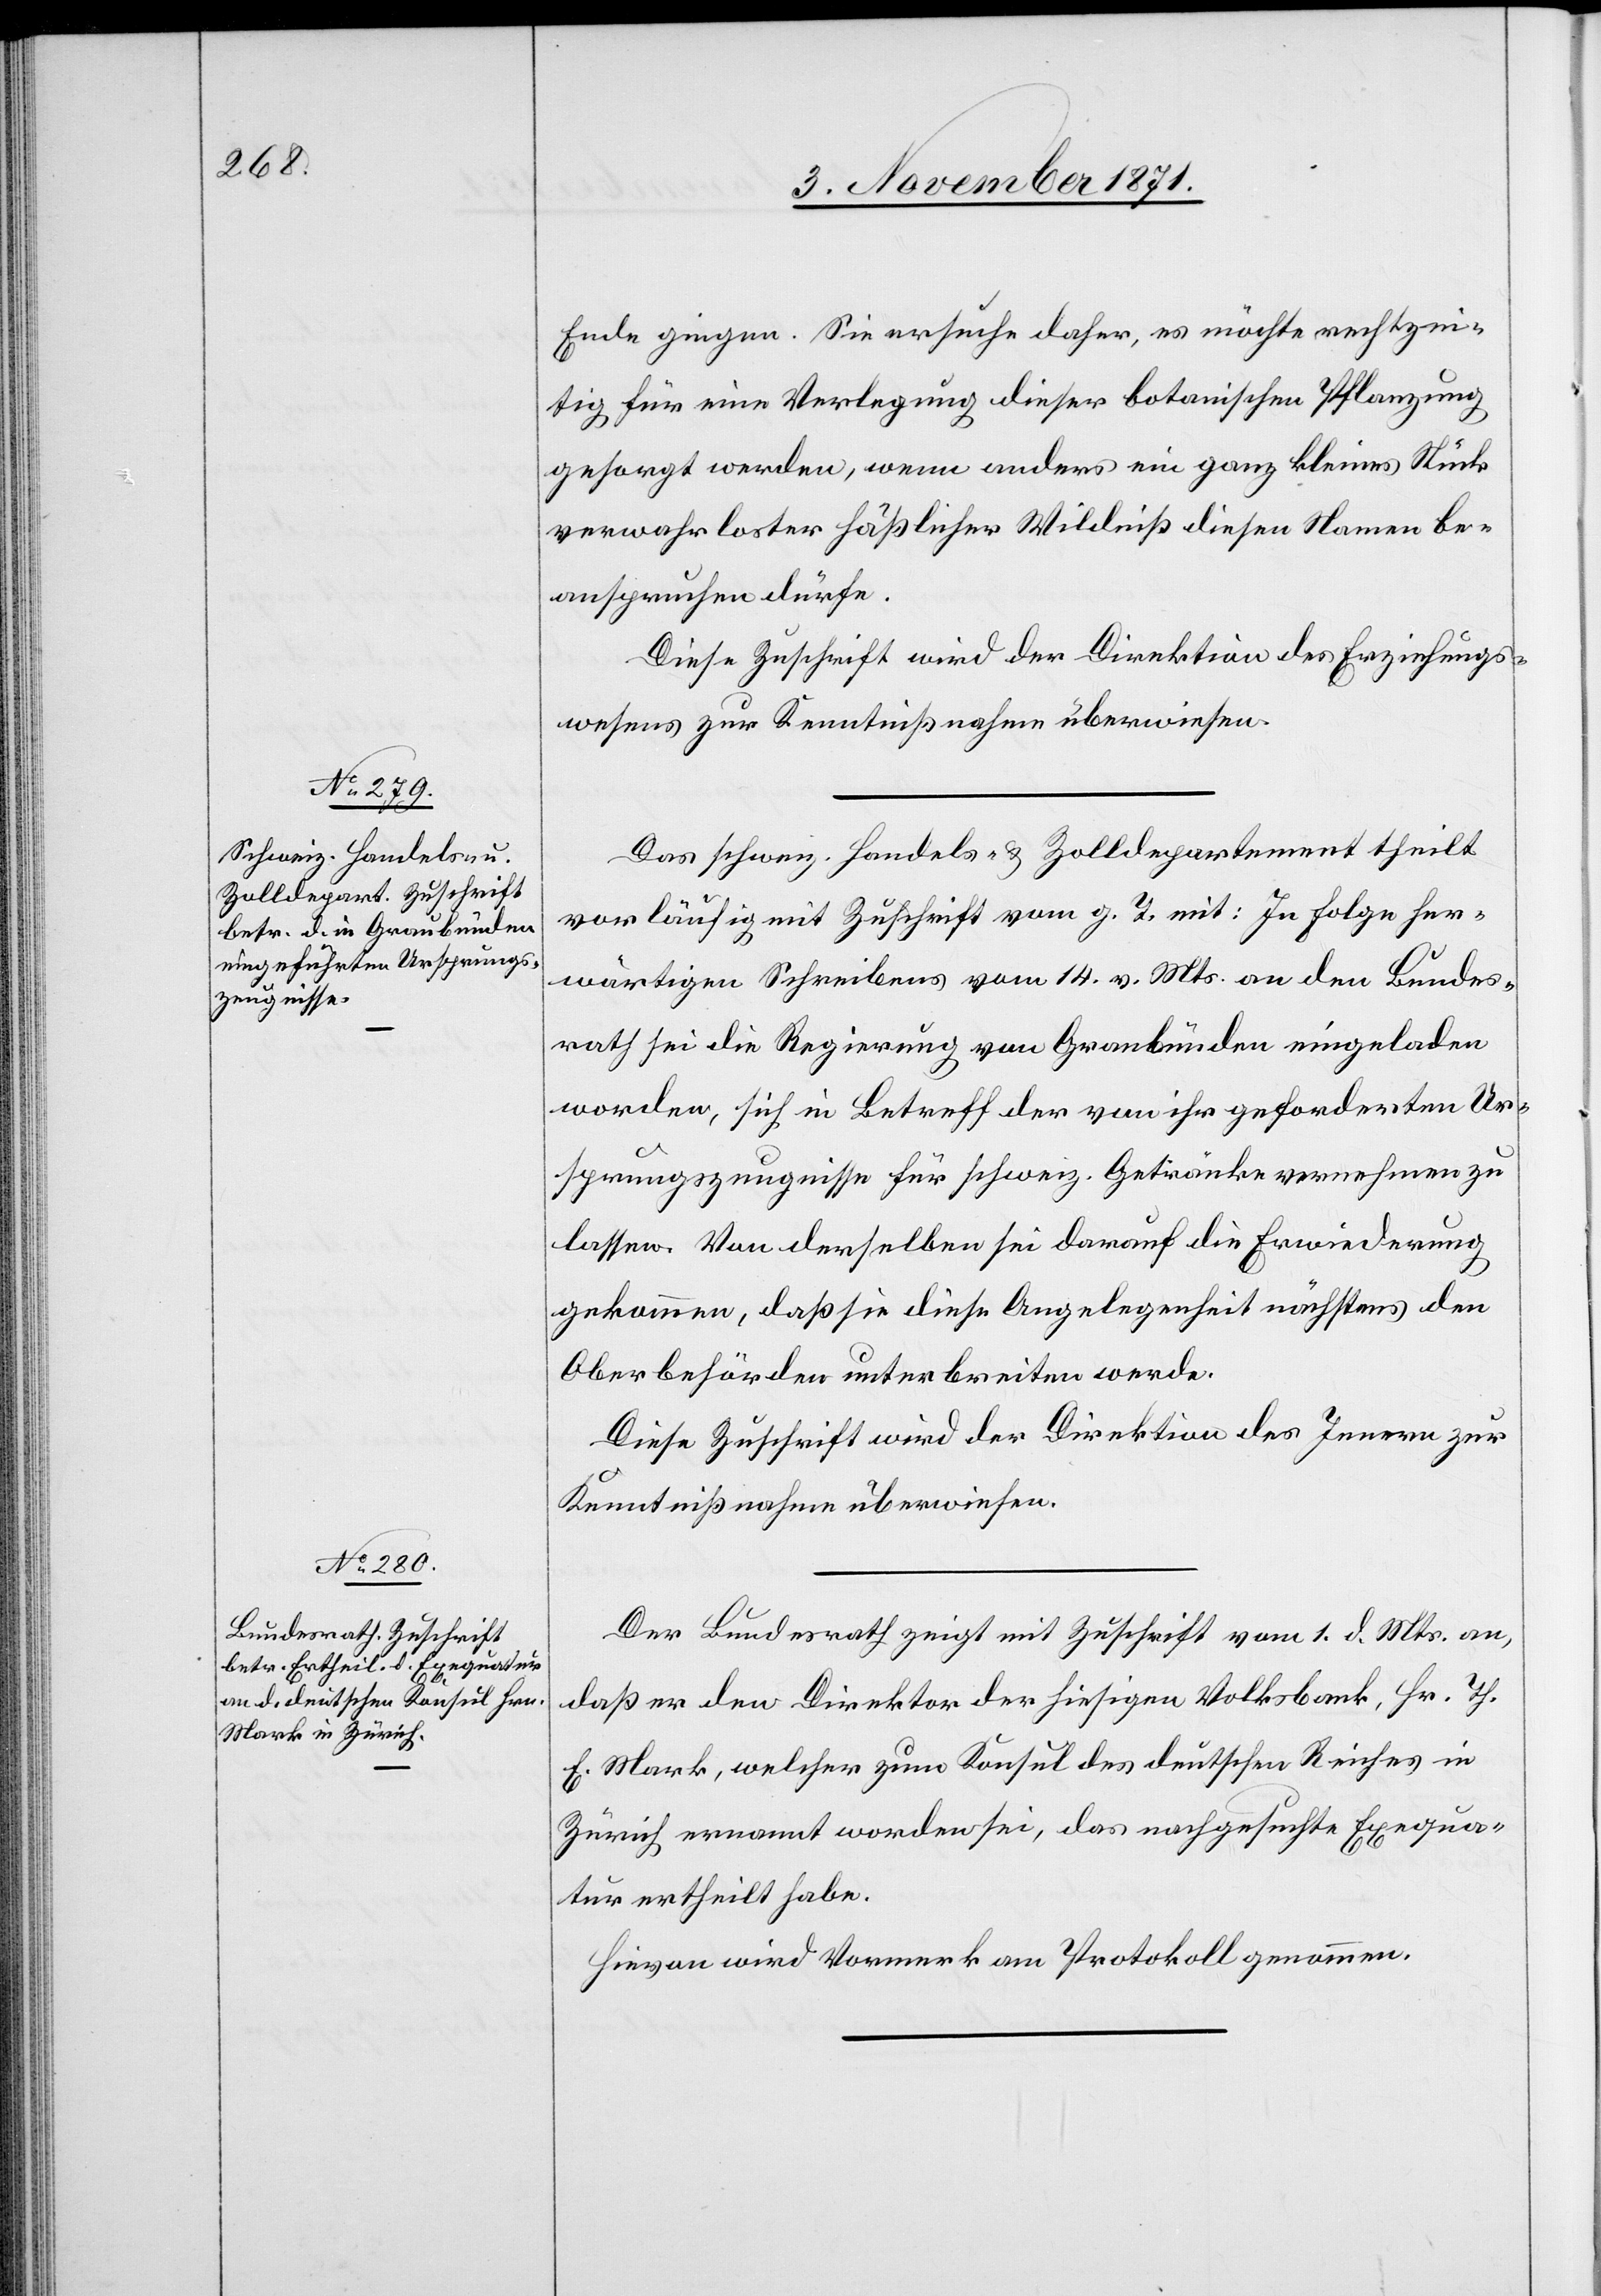
Ende gingen. Sie ersuche daher, es möchte rechtzei¬
tig für eine Verlegung dieser botanischen Pflanzungen
gesorgt werden, wenn anders ein ganz kleines Stück
verwahrloster hässlicher Wildniß diesen Namen be¬
anspruchen dürfe.
Diese Zuschrift wird der Direktion des Erziehungs¬
wesens zur Kenntnißnahme überwiesen.
Das schweiz. Handels- & Zolldepartement theilt
vorläufig mit Zuschrift vom g. T. mit: In Folge her¬
wärtigen Schreibens vom 14. v. Mts. an den Bundes¬
rath sei die Regierung von Graubünden eingeladen
worden, sich in Betreff der von ihr geforderten Ur¬
sprungszeugnisse für schweiz. Getränke vernehmen zu
lassen. Von derselben sei darauf die Erwiederung
gekommen, daß sie diese Angelegenheit nächstens den
Oberbehörden unterbreiten werde.
Diese Zuschrift wird der Direktion des Innern zur
Kenntißnahme überwiesen.
Der Bundesrath zeigt mit Zuschrift vom 1. d. Mts. an,
daß er den Direktor der hiesigen Volksbank, Hr. Th.
E. Mark, welcher zum Konsul des deutschen Reiches in
Zürich ernannt worden sei, das nachgesuchte Exequa¬
tur ertheilt habe.
Hievon wird Vormerk am Protokoll genommen.